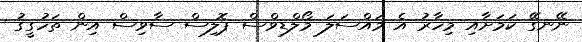
ނޭނގޭ ކަމަށާއި މިހާރު އެ މައްސަލަ މޯލްޑިވްސް ޕޮލިސް ސާވިސް އިން ތަހުގީގު